Report of the Indian Hemp Drugs Commission, 1894-1895 - Volume IV
Year: 1894
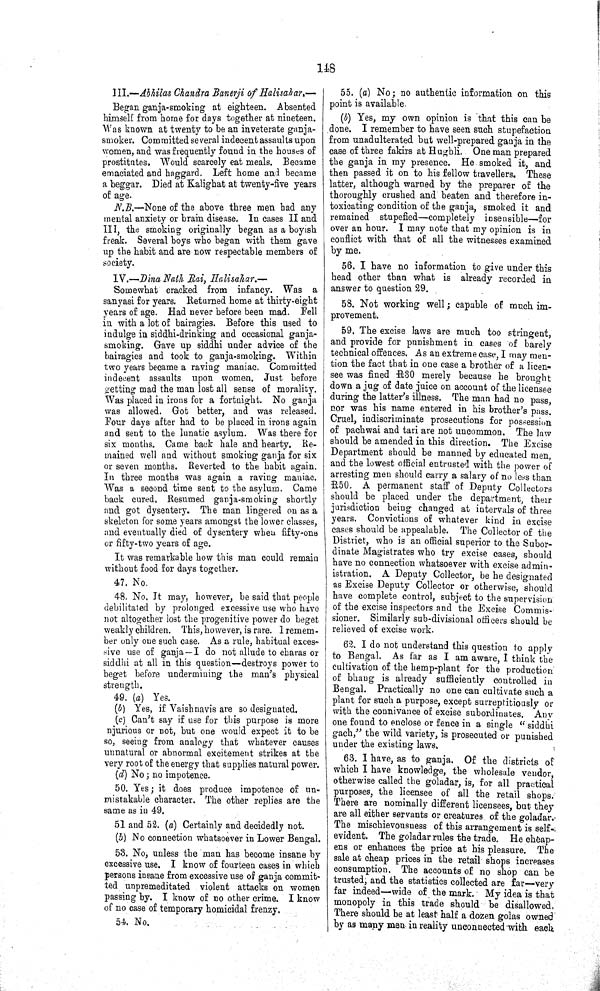
148
III.—Abhilas Chandra Banerji of Halisahar.—
Began ganja-smoking at eighteen. Absented
himself from home for days together at nineteen.
Was known at twenty to be an inveterate ganja-
smoker. Committed several indecent assaults upon
women, and was frequently found in the houses of
prostitutes, Would scarcely eat meals. Became
emaciated and haggard. Left home and became
a beggar. Died at Kalighat at twenty-five years
of age.
N.B.—None of the above three men had any
mental anxiety or brain disease. In cases II and
III, the smoking originally began as a boyish
freak. Several boys who began with them gave
up the habit and are now respectable members of
society.
IV.—Dina Nath Rai, Halisakar.—
Somewhat cracked from infancy. Was a
sanyasi for years. Returned home at thirty-eight
years of age. Had never before been mad. Fell
in with a lot of bairagies. Before this used to
indulge in siddhi-drinking and occasional ganja-
smoking. Gave up siddhi under advice of the
bairagies and took to ganja-smoking. Within
two years became a raving maniac, Committed
indecent assaults upon women. Just before
getting mad the man lost all sense of morality.
Was placed in irons for a fortnight. No ganja
was allowed. Got better, and was released.
Four days after had to be placed in irons again
and sent to the lunatic asylum. Was there for
six months. Came back hale and hearty, Re¬
mained well and without smoking ganja for six
or seven months. Reverted to the habit again.
In three months was again a raving maniac.
Was a second time sent to the asylum. Came
back cured, Resumed ganja-smoking shortly
and got dysentery. The man lingered on as a
skeleton for some years amongst the lower classes,
and eventually died of dysentery when fifty-one
or fifty-two years of age.
It was remarkable how this man could remain
without food for days together.
47. No.
48. No. It may, however, be said that people
debilitated by prolonged excessive use who have
not altogether lost the progenitive power do beget
weakly children. This, however, is rare. I remem¬
ber only one such case. As a rule, habitual exces-
sive use of ganja—I do not allude to charas or
siddhi at all in this question—destroys power to
beget before undermining the man's physical
strength.
49. (a) Yes.
(b) Yes, if Vaishnavis are so designated.
(c) Can't say if use for this purpose is more
njurious or not, but one would expect it to be
so, seeing from analogy that whatever causes
unnatural or abnormal excitement strikes at the
very root of the energy that supplies natural power.
(d) No; no impotence.
50. Yes; it does produce impotence of un¬
mistakable character. The other replies are the
same as in 49.
51 and 52. (a) Certainly and decidedly not.
(b) No connection whatsoever in Lower Bengal.
53. No, unless the man has become insane by
excessive use. I know of fourteen cases in which
persons insane from excessive use of ganja commit¬
ted unpremeditated violent attacks on women
passing by. I know of no other crime. I know
of no case of temporary homicidal frenzy,
54. No.
55. (a) No; no authentic information on this
point is available.
(b) Yes, my own opinion is that this can be
done. I remember to have seen such stupefaction
from unadulterated but well-prepared ganja in the
case of three fakirs at Hughli. One man prepared
the ganja in my presence. He smoked it, and
then passed it on to his fellow travellers. These
latter, although warned by the preparer of the
thoroughly crushed and beaten and therefore in¬
toxicating condition of the ganja, smoked it and
remained stupefied—completely insensible—for
over an hour. I may note that my opinion is in
conflict with that of all the witnesses examined
by me.
56. I have no information to give under this
head other than what is already recorded in
answer to question 29.
58. Not working well; capable of much im¬
provement.
59. The excise laws are much too stringent,
and provide for punishment in cases of barely
technical offences. As an extreme case, I may men¬
tion the fact that in one case a brother of a licen¬
see was fined R30 merely because he brought
down a jug of date juice on account of the licensee
during the latter's illness. The man had no pass,
nor was his name entered in his brother's pass.
Cruel, indiscriminate prosecutions for possession
of pachwai and tari are not uncommon. The law
should be amended in this direction. The Excise
Department should be manned by educated men,
and the lowest official entrusted with the power of
arresting men should carry a salary of no less than
R50. A permanent staff of Deputy Collectors
should be placed under the department, their
jurisdiction being changed at intervals of three
years. Convictions of whatever kind in excise
cases should be appealable. The Collector of the
District, who is an official superior to the Subor¬
dinate Magistrates who try excise cases, should
have no connection whatsoever with excise admin¬
istration. A Deputy Collector, be he designated
as Excise Deputy Collector or otherwise, should
have complete control, subject to the supervision
of the excise inspectors and the Excise Commis¬
sioner. Similarly sub-divisional officers should be
relieved of excise work.
62. I do not understand this question to apply
to Bengal. As far as I am aware, I think the
cultivation of the hemp-plant for the production
of bhang is already sufficiently controlled in
Bengal. Practically no one can cultivate such a
plant for such a purpose, except surreptitiously or
with the connivance of excise subordinates. Any
one found to enclose or fence in a single " siddhi
gach," the wild variety, is prosecuted or punished
under the existing laws.
63. I have, as to ganja. Of the districts of
which I have knowledge, the wholesale vendor,
otherwise called the goladar, is, for all practical
purposes, the licensee of all the retail shops.
There are nominally different licensees, but they
are all either servants or creatures of the goladar.
The mischievousness of this arrangement is self-
evident. The goladar rules the trade. He cheap¬
ens or enhances the price at his pleasure. The
sale at cheap prices in the retail shops increases
consumption. The accounts of no shop can be
trusted, and the statistics collected are far—very
far indeed—wide of the mark. My idea is that
monopoly in this trade should be disallowed
There should be at least half a dozen golas owned
by as many men in reality unconnected with each